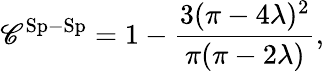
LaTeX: \mathscr{C}^{\mathrm{{Sp-Sp}}}=1-\frac{{3(\pi-4\lambda)^{2}}}{{\pi(\pi-2\lambda)}},